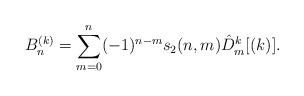
LaTeX: \begin{align*} B_n^{(k)}= \sum_{m=0}^n (-1)^{n-m} s_2 (n,m) \hat{D}_m^k [(k)].\end{align*}